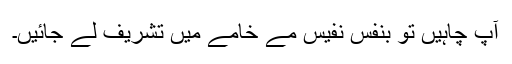
آپ چاہیں تو بنفسِ نفیس مے خامے میں تشریف لے جائیں۔